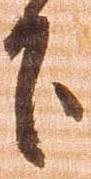
下